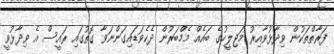
ފަރާތްތަކުން ވިދާޅުވާއިރު މަޖިލީހުގެ ބައެއް މެމްބަރުން ދެކެވަޑައިގަންނަވާ ގޮތުގައި ރައީސް އެ ވިދާޅުވީ